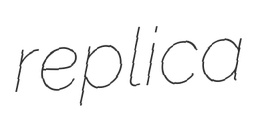
replica